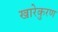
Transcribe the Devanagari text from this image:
खारेकुरण